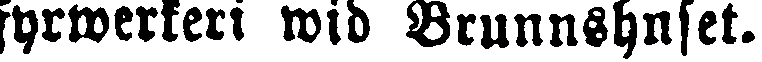
fyrwerkeri wid Brunnshuset.